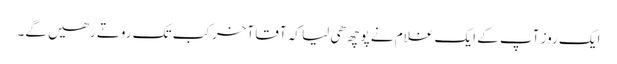
ایک روز آپ کے ایک غلام نے پوچھ ھی لیا کہ آقا آخر کب تک روتے رھیں گے۔